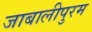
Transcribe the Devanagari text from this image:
जाबालीपुरम